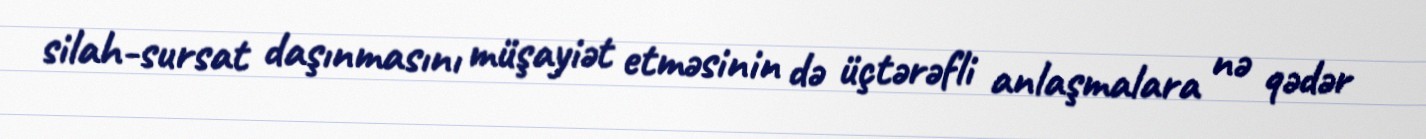
silah-sursat daşınmasını müşayiət etməsinin də üçtərəfli anlaşmalara nə qədər